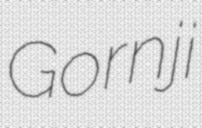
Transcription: Gornji